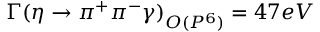
\Gamma ( \eta \to \pi ^ { + } \pi ^ { - } \gamma ) _ { O ( P ^ { 6 } ) } = 4 7 e V